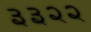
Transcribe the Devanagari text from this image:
३३२२